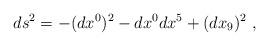
LaTeX: \begin{align*}ds^{2}=-(dx^{0})^{2}-dx^{0}dx^{5}+(dx_{9})^{2}\ ,\end{align*}